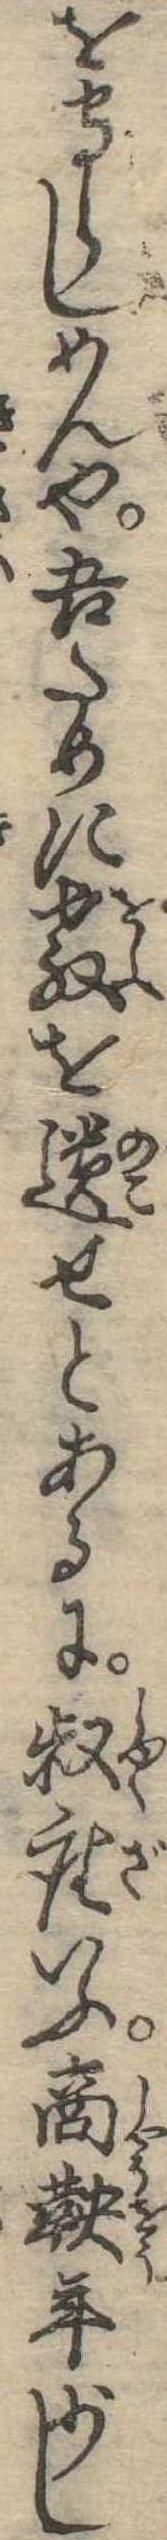
を守らしめんや吾ために教を遺せとあるに叔座いふ商鞅年少し